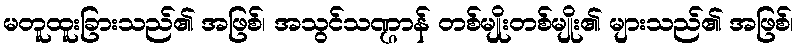
မတူထူးခြားသည်၏ အဖြစ်၊ အသွင်သဏ္ဌာန် တစ်မျိုးတစ်မျိုး၏ များသည်၏ အဖြစ်၊